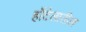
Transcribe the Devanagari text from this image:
हॉटेलातील